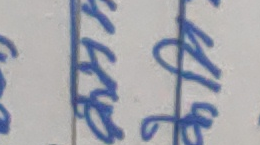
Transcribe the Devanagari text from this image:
पठाइन्छ ।